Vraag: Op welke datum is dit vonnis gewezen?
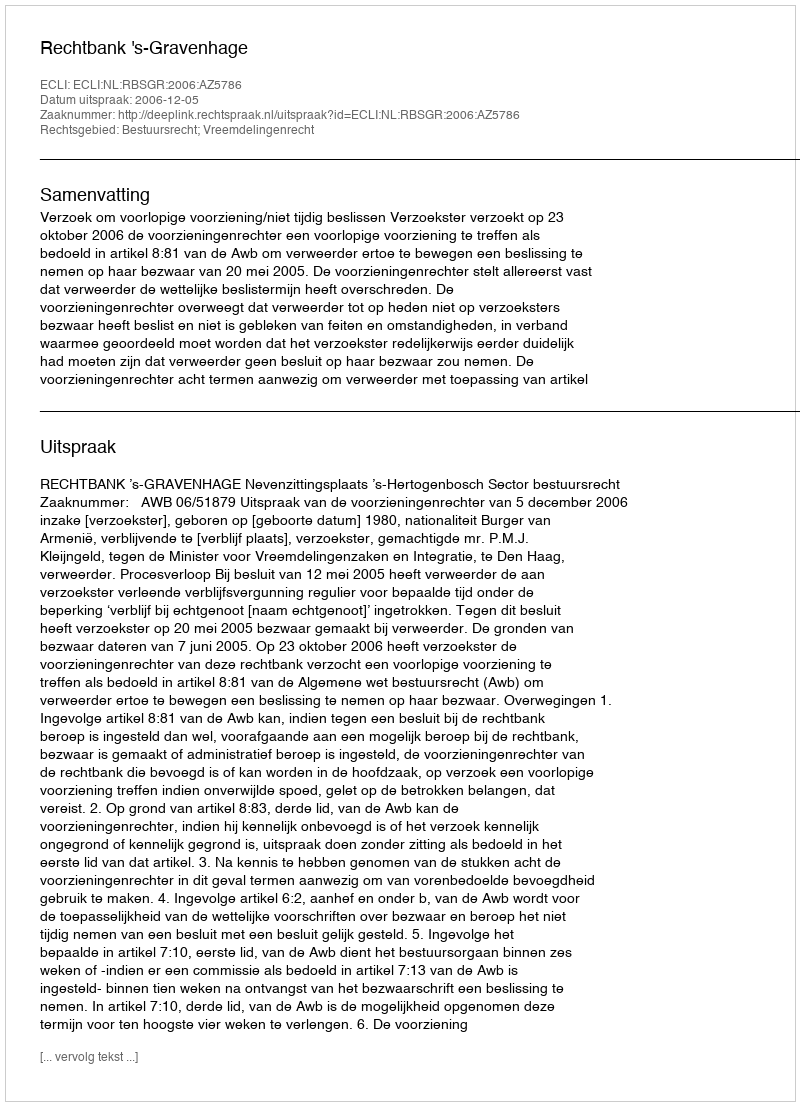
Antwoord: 2006-12-05